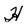
Character: H